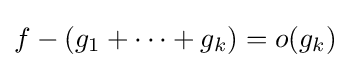
f-(g_{1}+\cdots +g_{k})=o(g_{k})